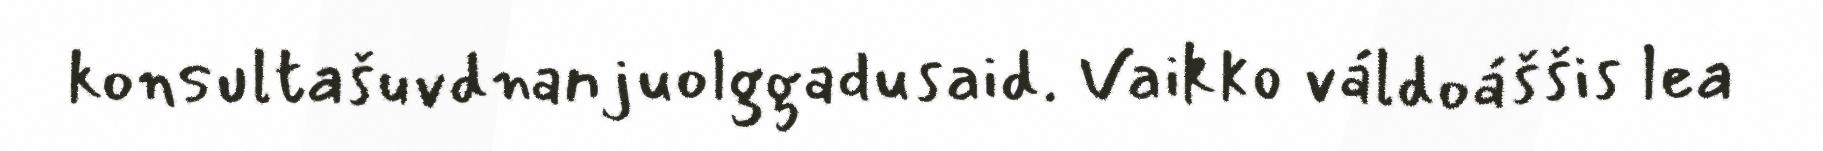
konsultašuvdnanjuolggadusaid. Vaikko váldoáššis lea